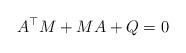
LaTeX: \begin{align*} A^\top M + M A + Q = 0 \end{align*}